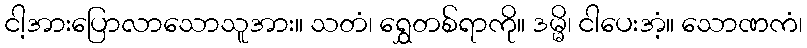
ငါ့အားပြောလာသောသူအား။ သတံ၊ ရွှေတစ်ရာကို။ ဒမ္မိ၊ ငါပေးအံ့။ သောဏကံ၊